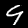
Digit: 9